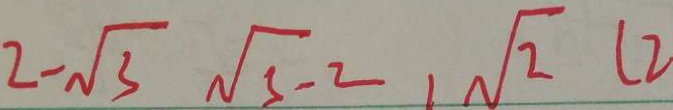
2 - \sqrt { 3 } \sqrt { 3 } - 2 , \sqrt { 2 } ( 2